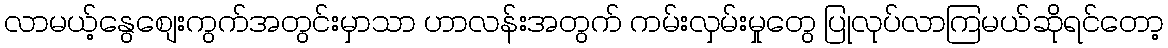
လာမယ့်နွေစျေးကွက်အတွင်းမှာသာ ဟာလန်းအတွက် ကမ်းလှမ်းမှုတွေ ပြုလုပ်လာကြမယ်ဆိုရင်တော့